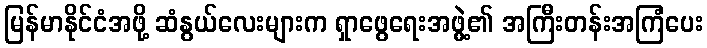
မြန်မာနိုင်ငံအဖို့ ဆံနွယ်လေးများက ရှာဖွေရေးအဖွဲ့၏ အကြီးတန်းအကြံပေး